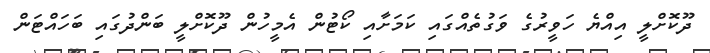
ދޫކޮށްލީ އިއްޔެ ހަވީރުގެ ވަގުތެއްގައި ކަމަށާއި ކޯޓުން އެމީހުން ދޫކޮށްލީ ބަންދުގައި ބަހައްޓަން